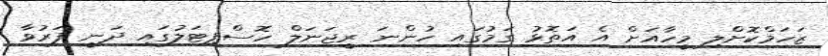
ޒަހަމްކޮށްލި މީހާއަށް އެ އަތޮޅު ގަމުގައި ހުންނަ ރީޖަނަލް ހޮސްޕިޓަލުގައި ދަނީ ފަރުވާ